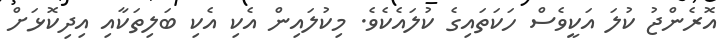
އޮރެންޖު ކުލަ އަކީވެސް ހަކަތައިގެ ކުލައެކެވެ. މިކުލައިން އެކި އެކި ބަލިތަކާއި އިދިކޮޅަށް